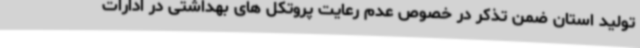
تولید استان ضمن تذکر در خصوص عدم رعایت پروتکل های بهداشتی در ادارات